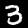
Label: 3